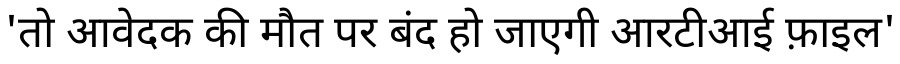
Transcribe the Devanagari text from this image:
'तो आवेदक की मौत पर बंद हो जाएगी आरटीआई फ़ाइल'